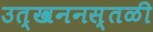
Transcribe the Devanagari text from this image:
उत्खननस्तळी